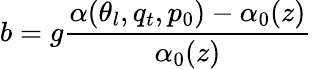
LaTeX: b=g\frac{\alpha(\theta_{l},q_{t},p_{0})-\alpha_{0}(z)}{\alpha_{0}(z)}